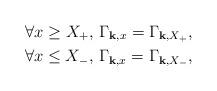
LaTeX: \begin{align*}\forall x \geq X_+,\,\Gamma_{\mathbf{k},x} = \Gamma_{\mathbf{k},X_+}, \\\forall x \leq X_-,\,\Gamma_{\mathbf{k},x} = \Gamma_{\mathbf{k},X_-},\end{align*}